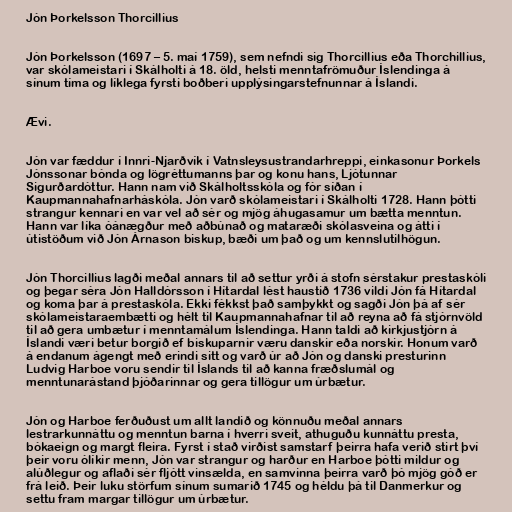
Jón Þorkelsson Thorcillius

Jón Þorkelsson (1697 – 5. maí 1759), sem nefndi sig Thorcillius eða Thorchillius,
var skólameistari í Skálholti á 18. öld, helsti menntafrömuður Íslendinga á
sínum tíma og líklega fyrsti boðberi upplýsingarstefnunnar á Íslandi.

Ævi.

Jón var fæddur í Innri-Njarðvík í Vatnsleysustrandarhreppi, einkasonur Þorkels
Jónssonar bónda og lögréttumanns þar og konu hans, Ljótunnar
Sigurðardóttur. Hann nam við Skálholtsskóla og fór síðan í
Kaupmannahafnarháskóla. Jón varð skólameistari í Skálholti 1728. Hann þótti
strangur kennari en var vel að sér og mjög áhugasamur um bætta menntun.
Hann var líka óánægður með aðbúnað og mataræði skólasveina og átti í
útistöðum við Jón Árnason biskup, bæði um það og um kennslutilhögun.

Jón Thorcillius lagði meðal annars til að settur yrði á stofn sérstakur prestaskóli
og þegar séra Jón Halldórsson í Hítardal lést haustið 1736 vildi Jón fá Hítardal
og koma þar á prestaskóla. Ekki fékkst það samþykkt og sagði Jón þá af sér
skólameistaraembætti og hélt til Kaupmannahafnar til að reyna að fá stjórnvöld
til að gera umbætur í menntamálum Íslendinga. Hann taldi að kirkjustjórn á
Íslandi væri betur borgið ef biskuparnir væru danskir eða norskir. Honum varð
á endanum ágengt með erindi sitt og varð úr að Jón og danski presturinn
Ludvig Harboe voru sendir til Íslands til að kanna fræðslumál og
menntunarástand þjóðarinnar og gera tillögur um úrbætur.

Jón og Harboe ferðuðust um allt landið og könnuðu meðal annars
lestrarkunnáttu og menntun barna í hverri sveit, athuguðu kunnáttu presta,
bókaeign og margt fleira. Fyrst í stað virðist samstarf þeirra hafa verið stirt því
þeir voru ólíkir menn, Jón var strangur og harður en Harboe þótti mildur og
alúðlegur og aflaði sér fljótt vinsælda, en samvinna þeirra varð þó mjög góð er
frá leið. Þeir luku störfum sínum sumarið 1745 og héldu þá til Danmerkur og
settu fram margar tillögur um úrbætur.